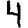
Digit: 4